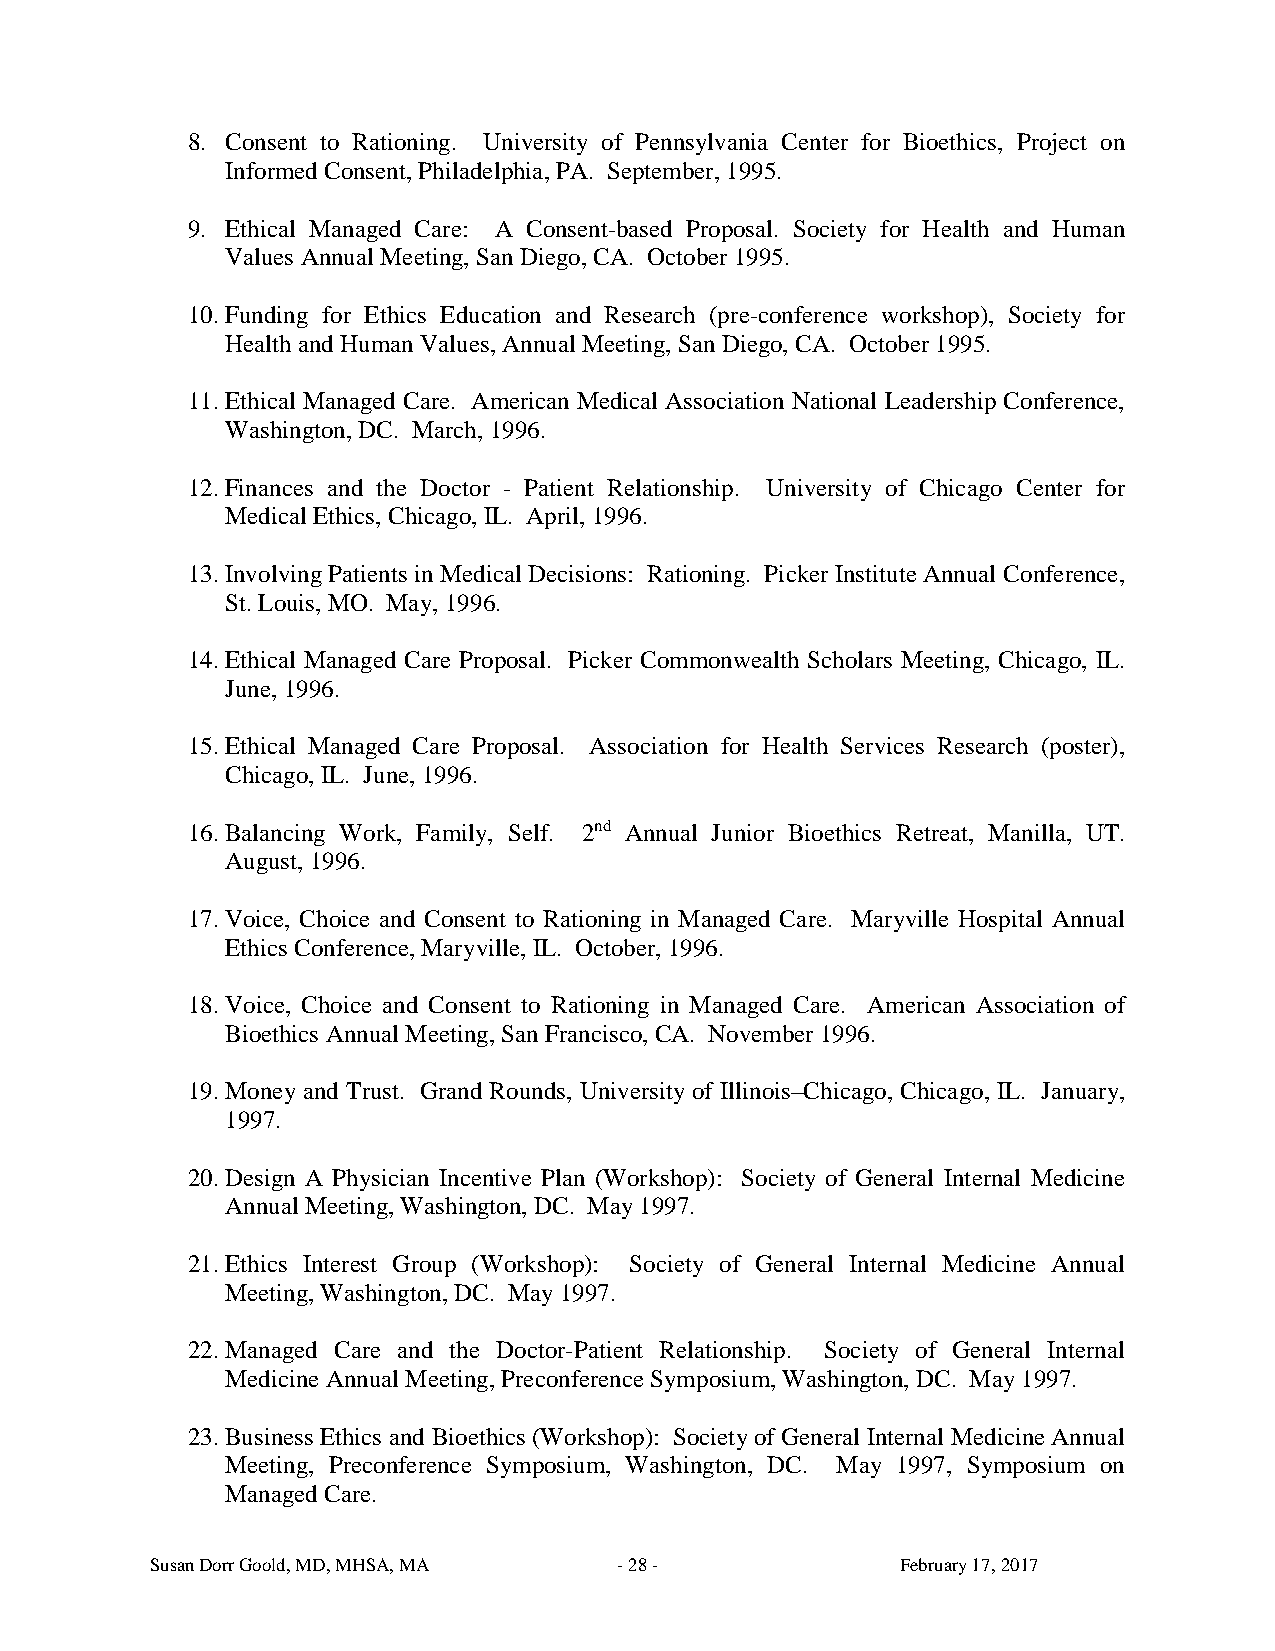
8. Consent to Rationing. University of Pennsylvania Center for Bioethics, Project on
 Informed Consent, Philadelphia, PA. September, 1995.
 9. Ethical Managed Care: A Consent-based Proposal. Society for Health and Human
 Values Annual Meeting, San Diego, CA. October 1995.
 10. Funding for Ethics Education and Research (pre-conference workshop), Society for
 Health and Human Values, Annual Meeting, San Diego, CA. October 1995.
 11. Ethical Managed Care. American Medical Association National Leadership Conference,
 Washington, DC. March, 1996.
 12. Finances and the Doctor - Patient Relationship. University of Chicago Center for
 Medical Ethics, Chicago, IL. April, 1996.
 13. Involving Patients in Medical Decisions: Rationing. Picker Institute Annual Conference,
 St. Louis, MO. May, 1996.
 14. Ethical Managed Care Proposal. Picker Commonwealth Scholars Meeting, Chicago, IL.
 June, 1996.
 15. Ethical Managed Care Proposal. Association for Health Services Research (poster),
 Chicago, IL. June, 1996.
 16. Balancing Work, Family, Self. 2nd Annual Junior Bioethics Retreat, Manilla, UT.
 August, 1996.
 17. Voice, Choice and Consent to Rationing in Managed Care. Maryville Hospital Annual
 Ethics Conference, Maryville, IL. October, 1996.
 18. Voice, Choice and Consent to Rationing in Managed Care. American Association of
 Bioethics Annual Meeting, San Francisco, CA. November 1996.
 19. Money and Trust. Grand Rounds, University of Illinois–Chicago, Chicago, IL. January,
 1997.
 20. Design A Physician Incentive Plan (Workshop): Society of General Internal Medicine
 Annual Meeting, Washington, DC. May 1997.
 21. Ethics Interest Group (Workshop): Society of General Internal Medicine Annual
 Meeting, Washington, DC. May 1997.
 22. Managed Care and the Doctor-Patient Relationship. Society of General Internal
 Medicine Annual Meeting, Preconference Symposium, Washington, DC. May 1997.
 23. Business Ethics and Bioethics (Workshop): Society of General Internal Medicine Annual
 Meeting, Preconference Symposium, Washington, DC. May 1997, Symposium on
 Managed Care.
 Susan Dorr Goold, MD, MHSA, MA - 28 -             February 17, 2017